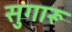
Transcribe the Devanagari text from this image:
सुगारू